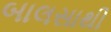
બાલસાથી